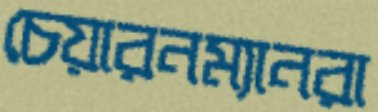
চেয়ারনম্যানরা